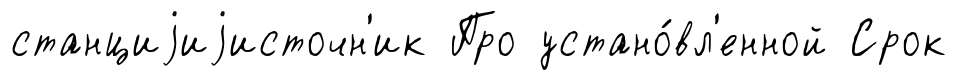
станциjиjисточн'ик Про устано́вл'енной Срок